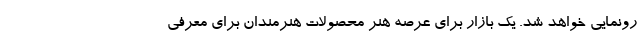
رونمایی خواهد شد. یک بازار برای عرصه هنر محصولات هنرمندان برای معرفی